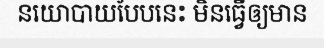
នយោបាយបែបនេះ មិនធ្វើឲ្យមាន